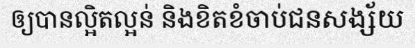
ឲ្យបានល្អិតល្អន់ និងខិតខំចាប់ជនសង្ស័យ